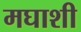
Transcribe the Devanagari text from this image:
मघाशी